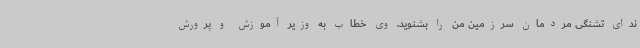
ندای تشنگی مردمان سرزمین من را بشنوید. وی خطاب به وزیر آموزش و پرورش